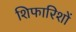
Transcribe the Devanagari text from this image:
शिफारिशों